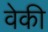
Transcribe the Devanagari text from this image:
वेकी